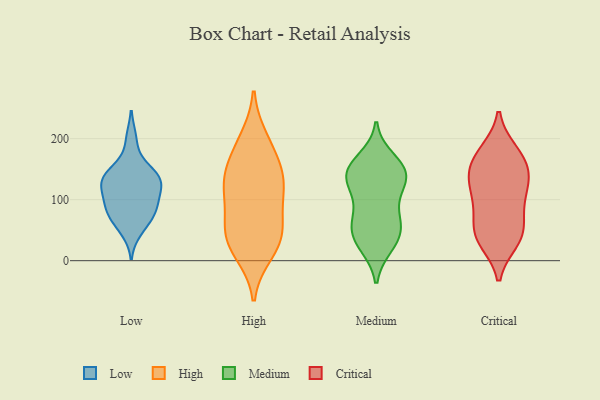
{"axis": {"x": "Demand Index", "y": "Value"}, "legend": ["Critical", "High", "Low", "Medium"], "data": [{"x": "", "y": 68, "type": "Low"}, {"x": "", "y": 155, "type": "Low"}, {"x": "", "y": 48, "type": "Low"}, {"x": "", "y": 87, "type": "Low"}, {"x": "", "y": 200, "type": "Low"}, {"x": "", "y": 71, "type": "Low"}, {"x": "", "y": 134, "type": "Low"}, {"x": "", "y": 136, "type": "Low"}, {"x": "", "y": 126, "type": "Low"}, {"x": "", "y": 113, "type": "Low"}, {"x": "", "y": 142, "type": "Low"}, {"x": "", "y": 124, "type": "Low"}, {"x": "", "y": 89, "type": "Low"}, {"x": "", "y": 95, "type": "Low"}, {"x": "", "y": 58, "type": "High"}, {"x": "", "y": 130, "type": "High"}, {"x": "", "y": 46, "type": "High"}, {"x": "", "y": 31, "type": "High"}, {"x": "", "y": 198, "type": "High"}, {"x": "", "y": 14, "type": "High"}, {"x": "", "y": 134, "type": "High"}, {"x": "", "y": 104, "type": "High"}, {"x": "", "y": 181, "type": "High"}, {"x": "", "y": 150, "type": "High"}, {"x": "", "y": 39, "type": "High"}, {"x": "", "y": 112, "type": "High"}, {"x": "", "y": 62, "type": "Medium"}, {"x": "", "y": 150, "type": "Medium"}, {"x": "", "y": 137, "type": "Medium"}, {"x": "", "y": 86, "type": "Medium"}, {"x": "", "y": 153, "type": "Medium"}, {"x": "", "y": 30, "type": "Medium"}, {"x": "", "y": 29, "type": "Medium"}, {"x": "", "y": 149, "type": "Medium"}, {"x": "", "y": 145, "type": "Medium"}, {"x": "", "y": 53, "type": "Medium"}, {"x": "", "y": 131, "type": "Medium"}, {"x": "", "y": 119, "type": "Medium"}, {"x": "", "y": 56, "type": "Medium"}, {"x": "", "y": 167, "type": "Medium"}, {"x": "", "y": 65, "type": "Medium"}, {"x": "", "y": 24, "type": "Medium"}, {"x": "", "y": 117, "type": "Medium"}, {"x": "", "y": 154, "type": "Critical"}, {"x": "", "y": 46, "type": "Critical"}, {"x": "", "y": 32, "type": "Critical"}, {"x": "", "y": 109, "type": "Critical"}, {"x": "", "y": 179, "type": "Critical"}, {"x": "", "y": 133, "type": "Critical"}, {"x": "", "y": 179, "type": "Critical"}, {"x": "", "y": 149, "type": "Critical"}, {"x": "", "y": 55, "type": "Critical"}, {"x": "", "y": 40, "type": "Critical"}, {"x": "", "y": 166, "type": "Critical"}, {"x": "", "y": 82, "type": "Critical"}, {"x": "", "y": 33, "type": "Critical"}, {"x": "", "y": 88, "type": "Critical"}, {"x": "", "y": 122, "type": "Critical"}, {"x": "", "y": 128, "type": "Critical"}]}